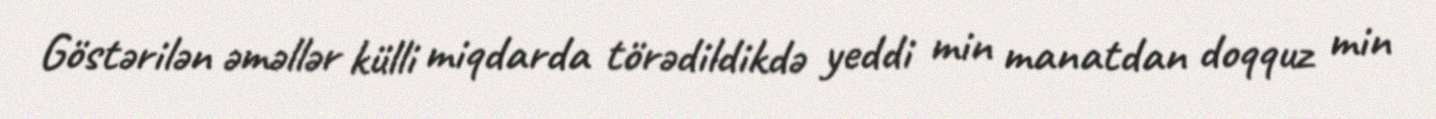
Göstərilən əməllər külli miqdarda törədildikdə yeddi min manatdan doqquz min